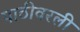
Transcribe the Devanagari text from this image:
पाठीवरली